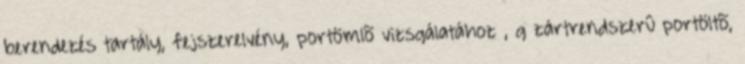
berendezés tartály, fejszerelvény, portömlõ vizsgálatához , g zártrendszerû portöltõ,